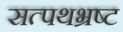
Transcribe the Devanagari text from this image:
सत्पथभ्रष्ट